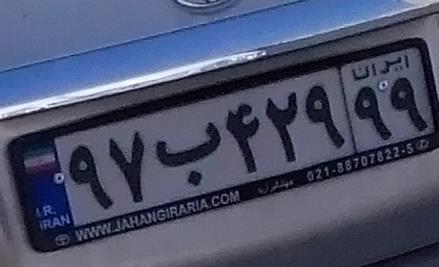
۹۷ب۴۲۹۹۹